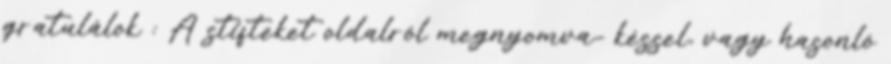
gratulálok : A stifteket oldalról megnyomva- késsel, vagy hasonló